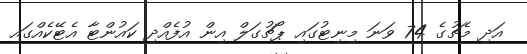
އަދި މެޗުގެ 74 ވަނަ މިނިޓުގައި ޕޯޗުގަލް އިން އުފެއްދި ކައުންޓާ އެޓޭކެއްގައި